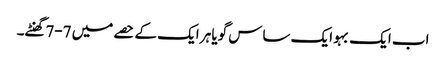
اب ایک بہو ایک ساس گویا ہر ایک کے حصے میں 7-7گھنٹے۔